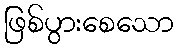
ဖြစ်ပွားစေသော